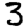
Digit: 3